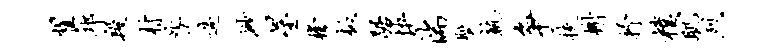
翟邛段村咎遄渺星檬板踞快湍胝孰争扶榭抒朴肌烈